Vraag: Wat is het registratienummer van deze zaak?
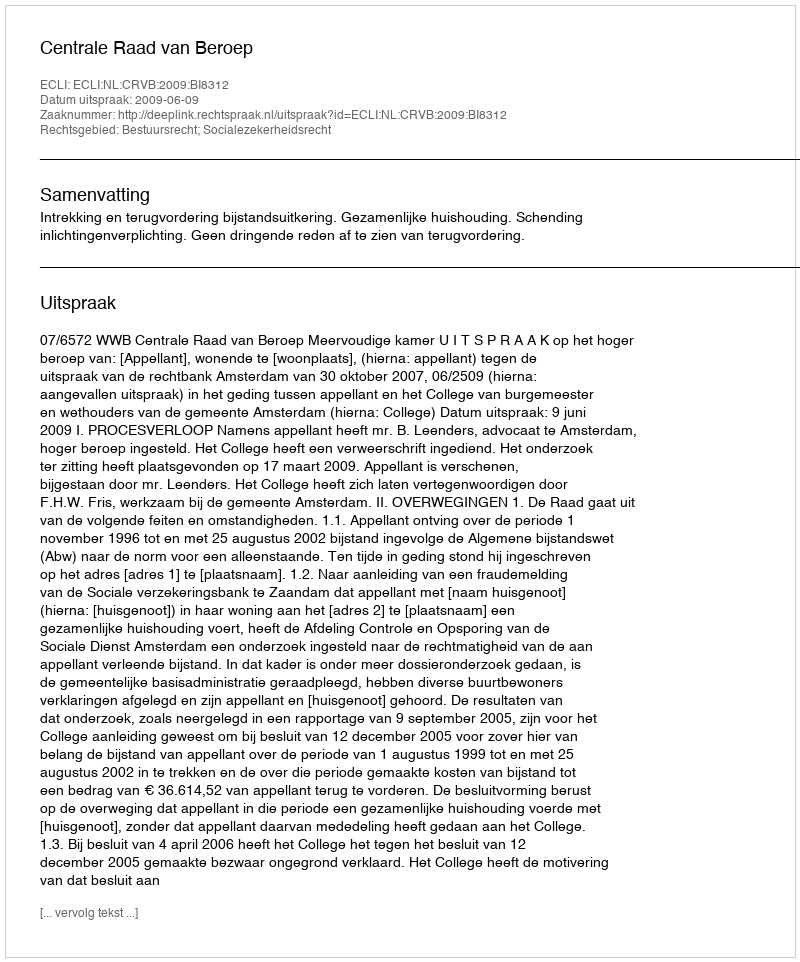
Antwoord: http://deeplink.rechtspraak.nl/uitspraak?id=ECLI:NL:CRVB:2009:BI8312